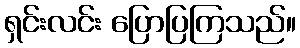
ရှင်းလင်း ပြောပြကြသည်။